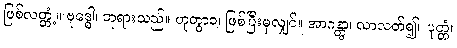
ဖြစ်လတ္တံ့။ ဗုဒ္ဓေါ၊ ဘုရားသည်။ ဟုတွာဝ၊ ဖြစ်ပြီးမှလျှင်။ အာဂန္တွာ၊ လာလတ်၍။ ပုတ္တံ၊